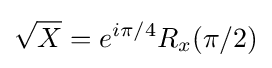
{\sqrt {X}}=e^{i\pi /4}R_{x}(\pi /2)